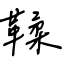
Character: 鞣